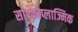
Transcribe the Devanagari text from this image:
सारकोप्लाज्मिक